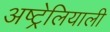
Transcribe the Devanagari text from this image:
अष्ट्रेलियाली